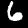
Label: 6